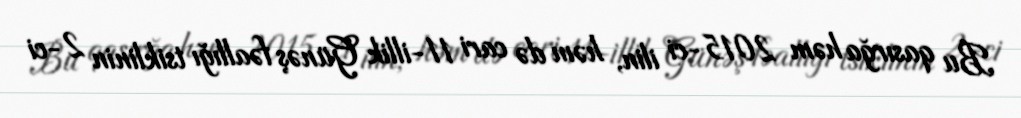
Bu qasırğa həm 2015-ci ilin, həm də cari 11-illik Günəş fəallığı tsiklinin 2-ci